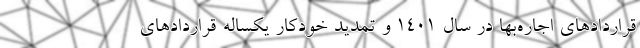
قراردادهای اجاره‌بها در سال ۱۴۰۱ و تمدید خودکار یکساله قراردادهای